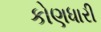
કોણધારી